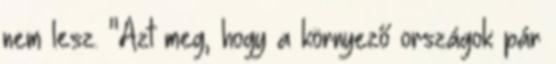
nem lesz. "Azt meg, hogy a környező országok pár